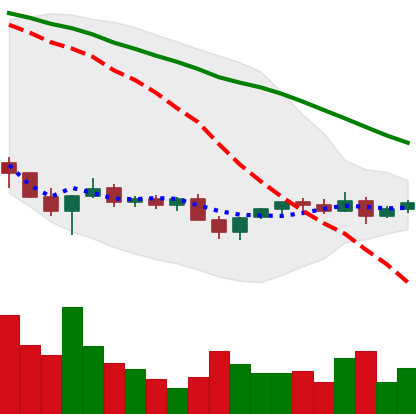
Ticker: XLM-USD
Chart end date: 2022-11-30
Forward return: -3.253%
Label: down_3_5